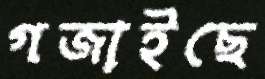
গজাইছে